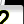
Digit: 2